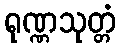
ရုဏ္ဏသုတ္တံ